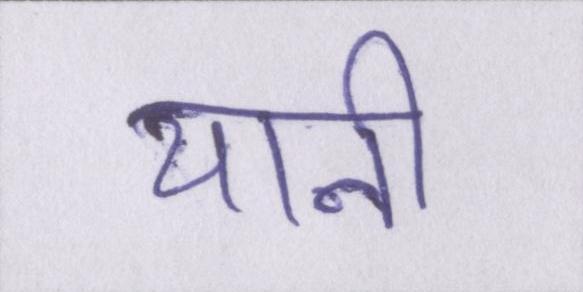
यानी